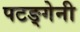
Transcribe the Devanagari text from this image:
पटङ्गेनी